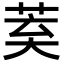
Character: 𮏌